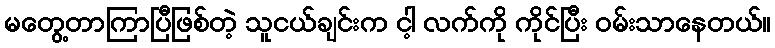
မတွေ့တာကြာပြီဖြစ်တဲ့ သူငယ်ချင်းက ငါ့ လက်ကို ကိုင်ပြီး ဝမ်းသာနေတယ်။